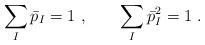
LaTeX: \begin{align*}\sum_I \bar{p}_I = 1 \ , \qquad \sum_I \bar{p}_I^2 = 1 \ .\end{align*}